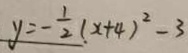
y = - \frac { 1 } { 2 } ( x + 4 ) ^ { 2 } - 3